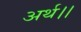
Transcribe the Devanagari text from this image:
अर्थ।।